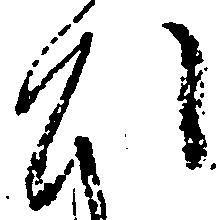
ひ